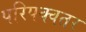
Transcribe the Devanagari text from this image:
परिपक्वतर